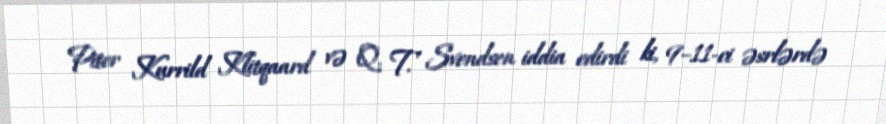
Piter Kurrild Klitqaard və Q. T. Svendsen iddia edirdi ki, 9–11-ci əsrlərdə